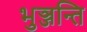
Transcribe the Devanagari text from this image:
भुञ्जन्ति